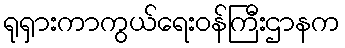
ရုရှားကာကွယ်ရေးဝန်ကြီးဌာနက